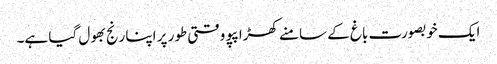
ایک خوبصورت باغ کے سامنے کھڑا پپو وقتی طور پر اپنا رنج بھول گیا ہے۔